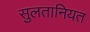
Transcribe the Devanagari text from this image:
सुलतानियत